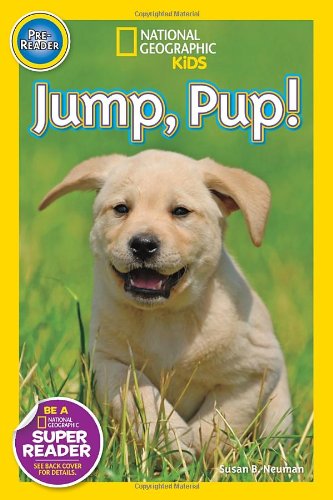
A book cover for National Geographic Readers: Jump Pup!; Susan B. Neuman; Children's Books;